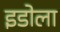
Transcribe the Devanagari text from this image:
इडोला